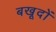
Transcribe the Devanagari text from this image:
बखूदों